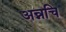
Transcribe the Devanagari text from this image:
अन्नचि